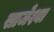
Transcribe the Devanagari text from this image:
साजेश्या